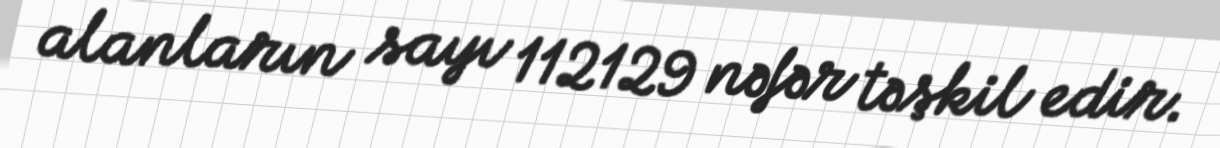
alanların sayı 112129 nəfər təşkil edir.